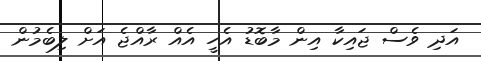
އަދި ވެސް ޖައިކާ އިން މާބޮޑު އެހީ އެއް ރާއްޖެ އަށް ލިބެމުން